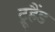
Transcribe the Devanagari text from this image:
ट्रूहैंड